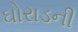
ઘોરાડની